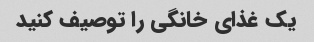
یک غذای خانگی را توصیف کنید